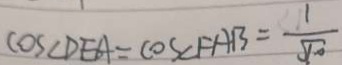
\cos \angle D E A = \cos \angle F A B = \frac { 1 } { \sqrt { 1 0 } }